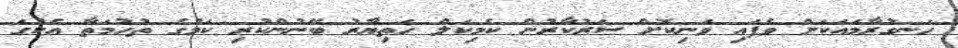
ހަނގުރާމައަކަށް ވެފައި ވަނިކޮށް ސަރުކާރުން ކެމިކަލް ހަތިޔާރު ބޭނުންކުރި ކަމުގެ ތުހުމަތާ އެކުގަ